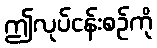
ဤလုပ်ငန်းစဉ်ကို